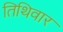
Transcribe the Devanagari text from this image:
तिथिवार